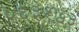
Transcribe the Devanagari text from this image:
५६३१७३